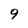
Character: 9